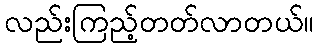
လည်းကြည့်တတ်လာတယ်။